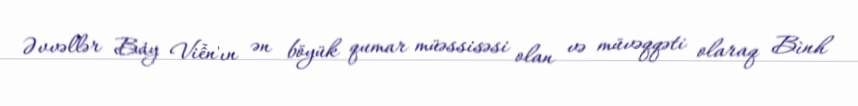
Əvvəllər Bảy Viễn'ın ən böyük qumar müəssisəsi olan və müvəqqəti olaraq Bình